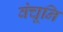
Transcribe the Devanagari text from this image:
वंचूनि